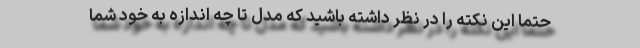
حتماً این نکته را در نظر داشته باشید که مدل تا چه اندازه به خود شما